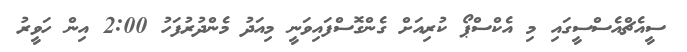
ސީއެޗްއެސްސީގައި މި އެކްސްޕޯ ކުރިއަށް ގެންގޮސްފައިވަނީ މިއަދު މެންދުރުފަހު 2:00 އިން ހަވީރު